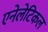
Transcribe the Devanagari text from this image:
एनेलेटिकल